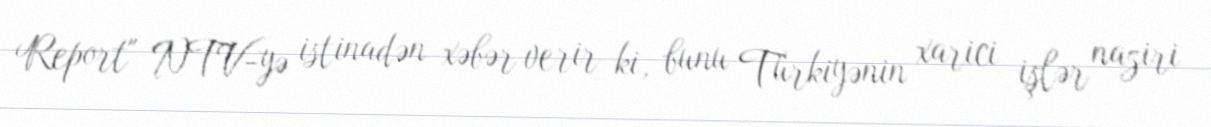
Report" NTV-yə istinadən xəbər verir ki, bunu Türkiyənin xarici işlər naziri